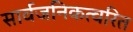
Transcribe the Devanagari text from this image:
सार्वजनिकत्वरित